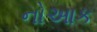
નોઆક